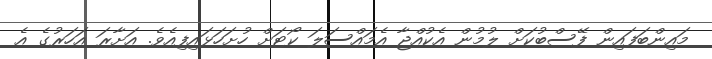
މައިންބަފައިން ފޭސްބުކަށް ލުމުން އެކުއްޖާ އެމައްސަލަ ކޯޓަށް ހުށަހަޅައިފިއެވެ. އަށާރަ އަހަރުގެ އެ